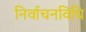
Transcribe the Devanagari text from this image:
निर्वाचनविधि